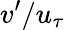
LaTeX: v^{\prime}/u_{\tau}